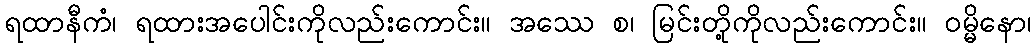
ရထာနီကံ၊ ရထားအပေါင်းကိုလည်းကောင်း။ အဿေ စ၊ မြင်းတို့ကိုလည်းကောင်း။ ဝမ္မိနော၊